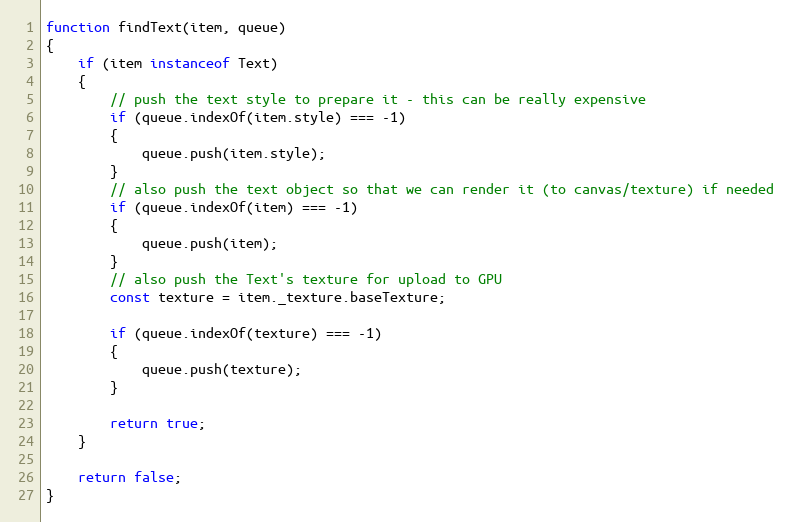
Language: JavaScript
function findText(item, queue)
{
    if (item instanceof Text)
    {
        // push the text style to prepare it - this can be really expensive
        if (queue.indexOf(item.style) === -1)
        {
            queue.push(item.style);
        }
        // also push the text object so that we can render it (to canvas/texture) if needed
        if (queue.indexOf(item) === -1)
        {
            queue.push(item);
        }
        // also push the Text's texture for upload to GPU
        const texture = item._texture.baseTexture;

        if (queue.indexOf(texture) === -1)
        {
            queue.push(texture);
        }

        return true;
    }

    return false;
}